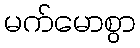
မက်မောစွာ